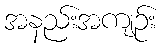
အနည်းအကျဉ်း